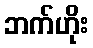
ဘက်ဟိုး